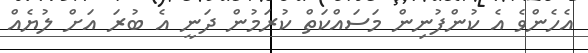
އެހެންވެ އެ ކުންފުނިން މަސައްކަތް ކުރަމުން ދަނީ އެ ބުރަ އަށް ލުޔެއް